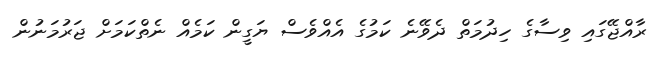
ރާއްޖޭގައި ވިސާގެ ހިދުމަތް ދެވޭނެ ކަމުގެ އެއްވެސް ޔަގީން ކަމެއް ނެތްކަމަށް ޖަރުމަނުން